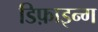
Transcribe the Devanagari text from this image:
डिफ़ाइन्ग